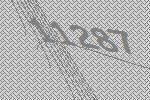
11287